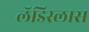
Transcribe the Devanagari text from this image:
लॅडिस्लास